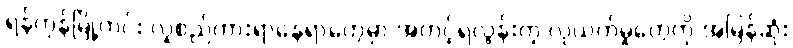
ရန်ကုန်မြို့တွင်း လူစည်ကားရာနေရာတွေမှာ အတင့်ရဲလွန်းတဲ့ လုယက်မှုတွေကို အမြန်ဆုံး